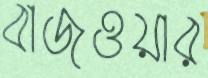
বাজওয়ার